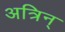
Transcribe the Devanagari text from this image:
अत्रिन्